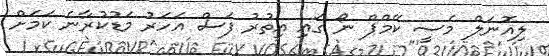
ލިއޮނަލް މެސީ ކޭމްޕް ނޯ ގައި އިތުރު ފަސް އަހަރު މަޑުކުރާނެ ކަމަށް